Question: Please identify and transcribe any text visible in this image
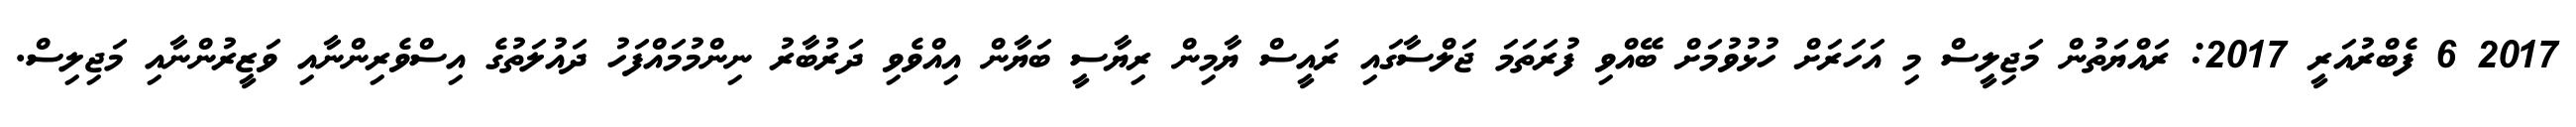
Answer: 2017 6 ފެބްރުއަރީ 2017: ރައްޔަތުން މަޖިލީސް މި އަހަރަށް ހުޅުވުމަށް ބޭއްވި ފުރަތަމަ ޖަލްސާގައި ރައީސް ޔާމިން ރިޔާސީ ބަޔާން އިއްވެވި ދަރުބާރު ނިންމުމައްފަހު ދައުލަތުގެ އިސްވެރިންނާއި ވަޒީރުންނާއި މަޖިލިސް.